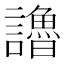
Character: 𧭷